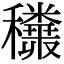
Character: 𥤅